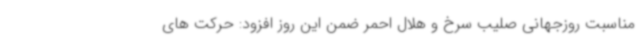
مناسبت روزجهانی صلیب سرخ و هلال احمر ضمن این روز افزود: حرکت های